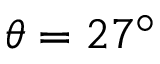
\theta = 2 7 ^ { \circ }